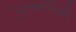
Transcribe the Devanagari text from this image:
पुरुषलिंगी